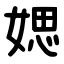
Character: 媤